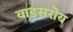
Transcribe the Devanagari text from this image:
वाइसरॊय